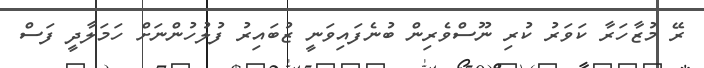
ރޭ މުޒާހަރާ ކަވަރު ކުރި ނޫސްވެރިން ބުނެފައިވަނީ ޒުބައިރު ފުލުހުންނަށް ހަމަލާދީ ފަސް